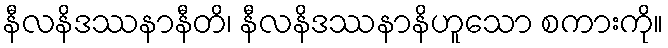
နီလနိဒဿနာနီတိ၊ နီလနိဒဿနာနိဟူသော စကားကို။